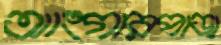
আংগারপাড়া